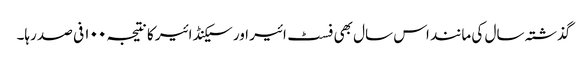
گذشتہ سال کی مانند اس سال بھی فسٹ ائیر اور سیکنڈ ائیر کا نتیجہ ۱۰۰ فی صد رہا۔